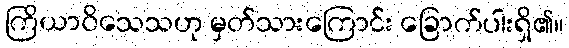
ကြိယာဝိသေသဟု မှတ်သားကြောင်း ခြောက်ပါးရှိ၏။